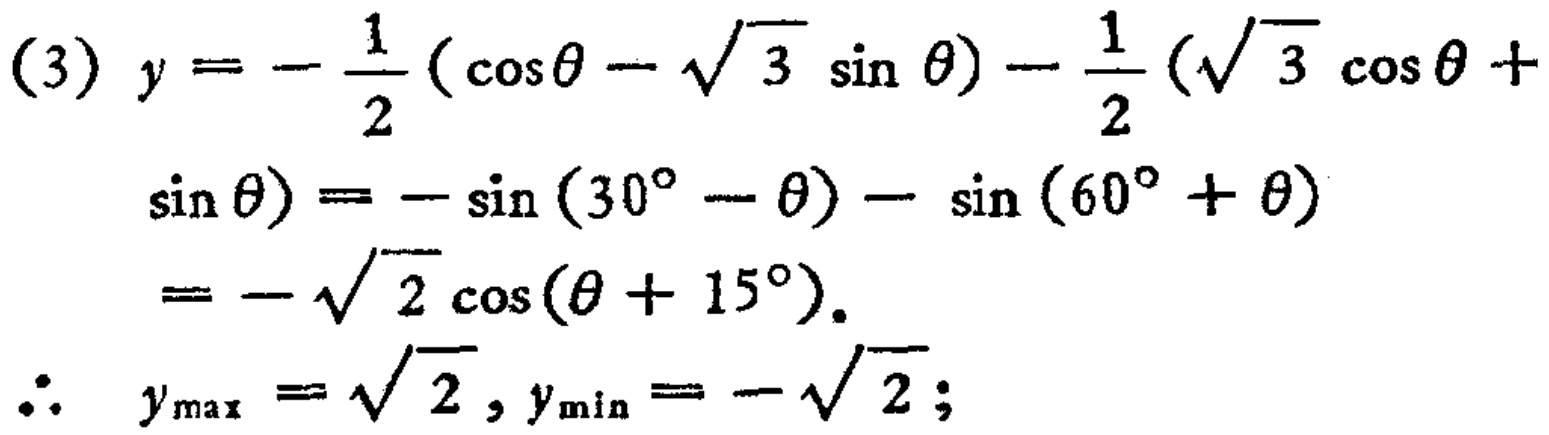
\[

\begin{align*}

(3)\ y&=-\frac{1}{2}(\cos\theta - \sqrt{3}\sin\theta)-\frac{1}{2}(\sqrt{3}\cos\theta + \sin\theta)\\

&=-\sin(30^{\circ}-\theta)-\sin(60^{\circ}+\theta)\\

&=-\sqrt{2}\cos(\theta + 15^{\circ}).\\

\therefore\ y_{\max}&=\sqrt{2},y_{\min}=-\sqrt{2};

\end{align*}

\]